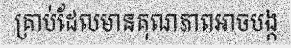
គ្រាប់ដែលមានគុណភាពអាចបង្ក